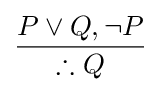
{\frac {P\lor Q,\neg P}{\therefore Q}}